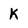
Character: K